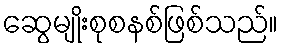
ဆွေမျိုးစုစနစ်ဖြစ်သည်။